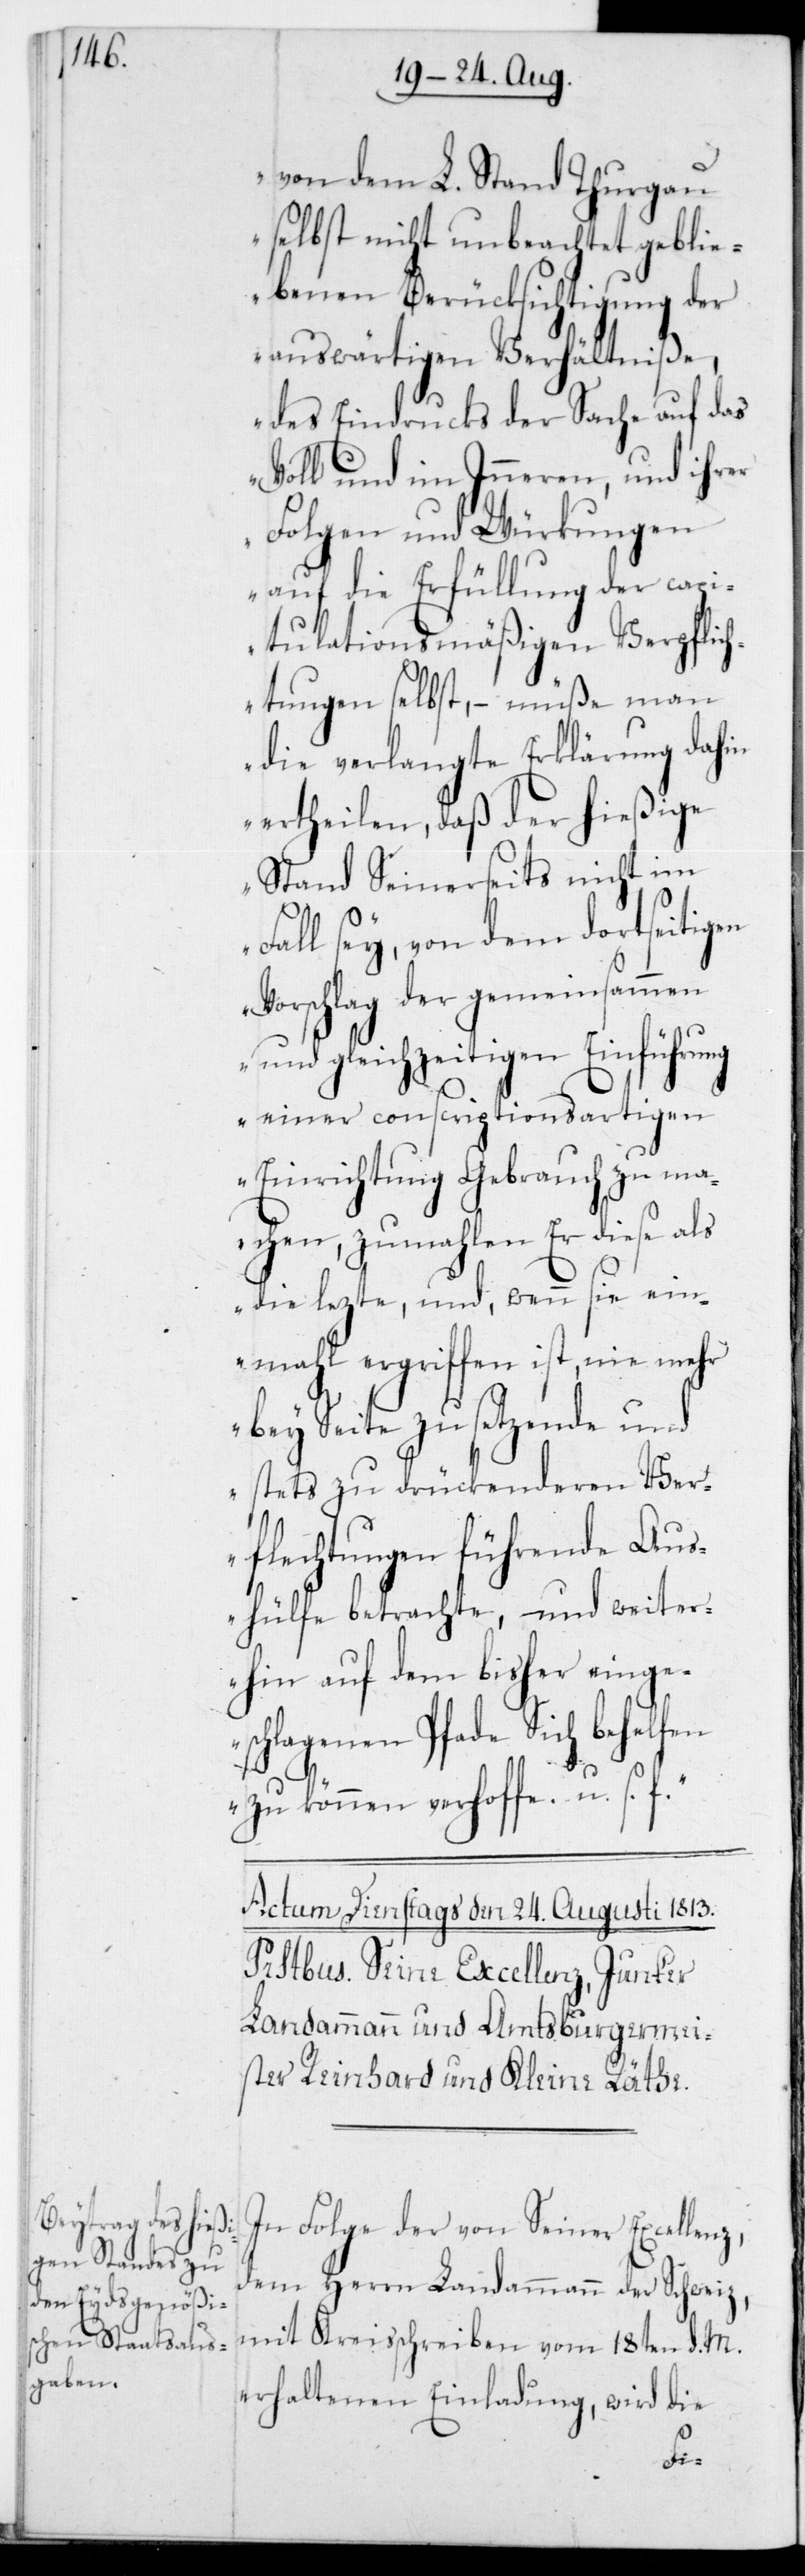
von dem L. Stand Thurgau
selbst nicht unbeachtet geblie¬
benen Berücksichtigung der
auswärtigen Verhältniße,
des Eindrucks der Sache auf das
Volk und im Inneren, und ihrer
Folgen und Würkungen
auf die Erfüllung der capi¬
tulationsmäßigen Verpflic¬
htungen selbst, – müße man
die verlangte Erklärung dahin
ertheilen, daß der hießige¬
Stand seinerseits nicht im
Fall sey, von dem dortseitigen
Vorschlag der gemeinsamen
und geichzeitigen Einführung
einer conscriptionsartigen
Einrichtung Gebrauch zu ma¬
chen, zumahlen er diese als
die lezte, und, wenn sie ein¬
mal ergriffen ist, nie mehr
beyseite zu setzende und
stets zu drückerenden Ver¬
flechtungen führende Aus¬
hülfe betrachte, – und weiter¬
hin auf dem bisher einge¬
schlagenen Pfade sich behelfen
zu können verhoffe u.s.f.“
In Folge der von Seiner Excellen¬
em Herrn Landammann der Schweiz,
mit Kreisschreiben vom 18ten d. M.
erhaltenen Einladung, wird die
z,d¬